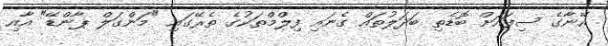
އޭނާގެ ސިފައަށް ބޮޑެތި ބަދަލުތައް ގެނައި ފިލްމްތަކުގެ ތެރޭގައި "މަންގަލް ޕާންޑޭ" އާއި